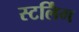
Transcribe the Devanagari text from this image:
स्टर्लिंग